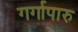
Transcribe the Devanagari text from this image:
गर्गापारु